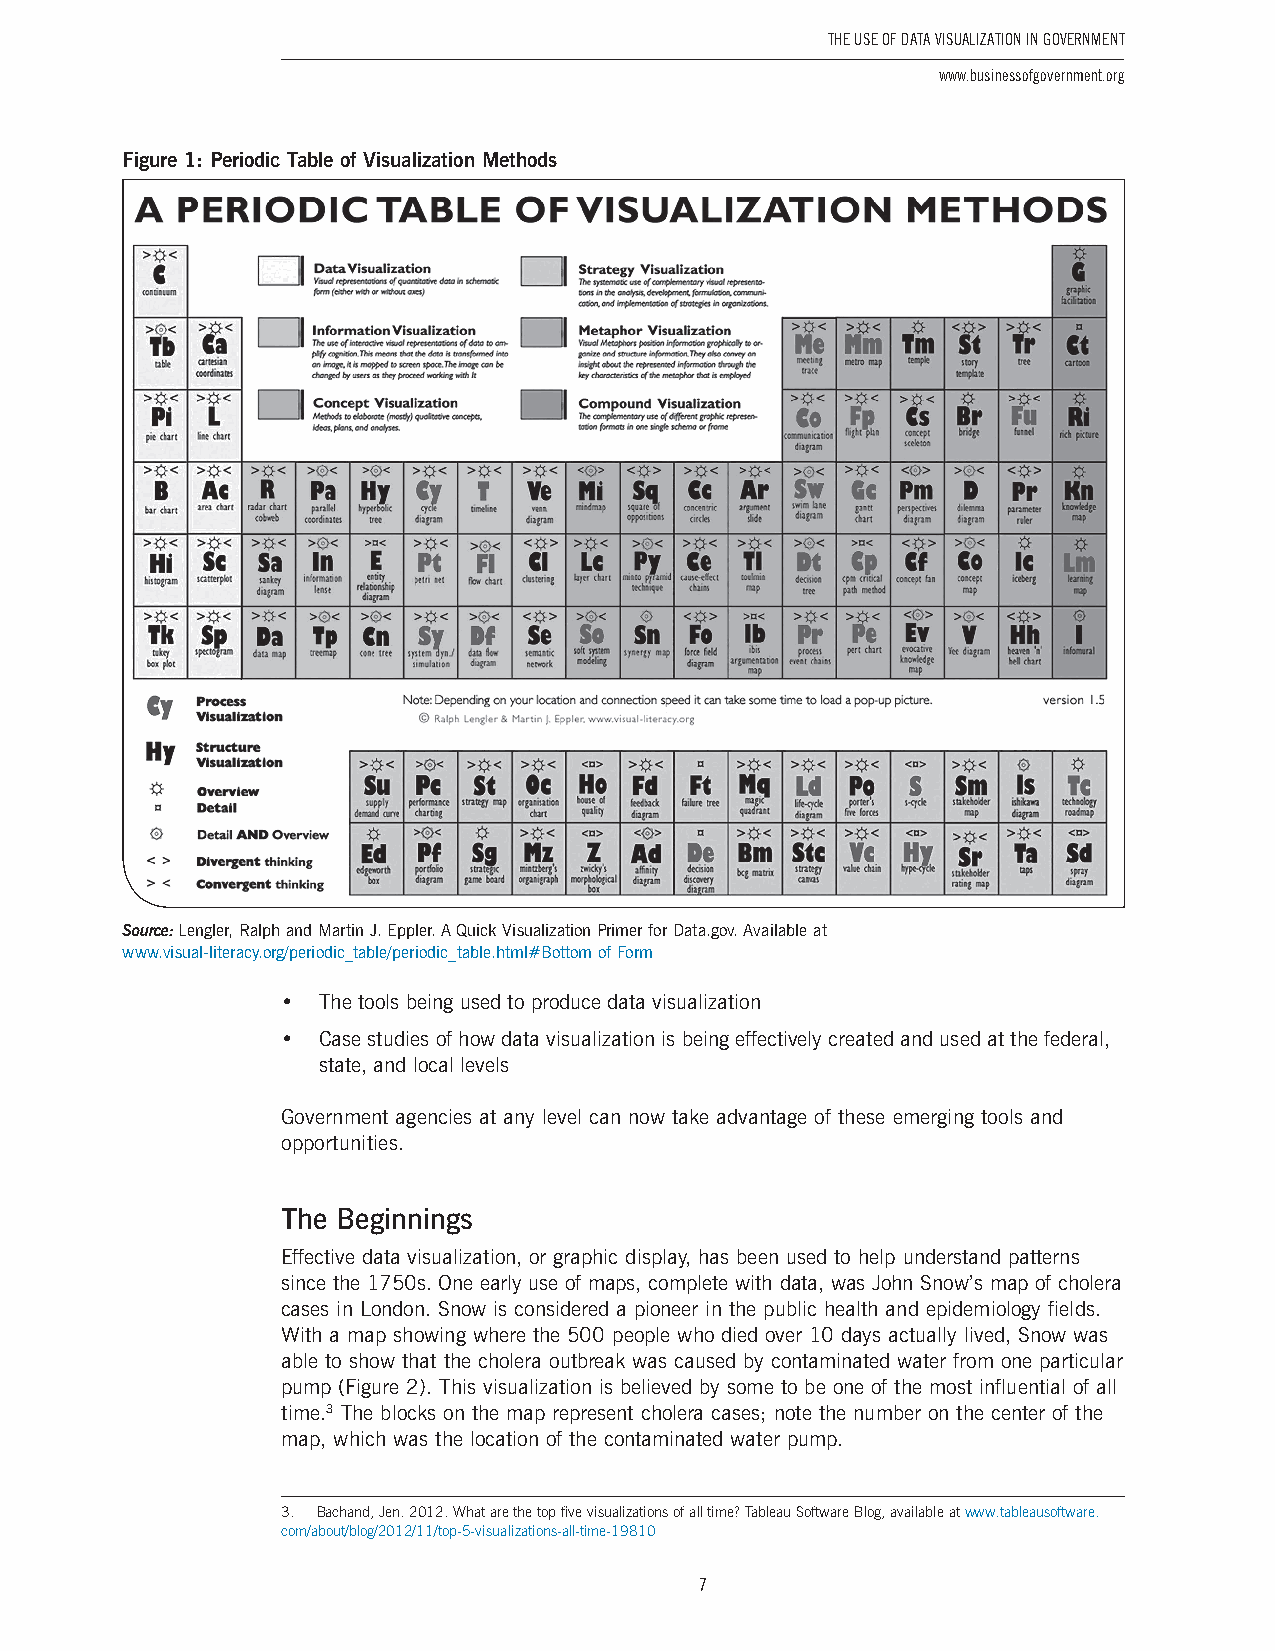
The USe of DaTa ViSUalizaTion in GoVernmenT
 www.businessofgovernment.org
 Figure 1: Periodic Table of Visualization Methods
 Source: Lengler, Ralph and Martin J . Eppler . A Quick Visualization Primer for Data .gov . Available at
 www .visual-literacy .org/periodic_table/periodic_table .html#Bottom of Form
 • The tools being used to produce data visualization
 • Case studies of how data visualization is being effectively created and used at the federal,
 state, and local levels
 Government agencies at any level can now take advantage of these emerging tools and
 opportunities .
 The Beginnings
 Effective data visualization, or graphic display, has been used to help understand patterns
 since the 1750s . One early use of maps, complete with data, was John Snow’s map of cholera
 cases in London . Snow is considered a pioneer in the public health and epidemiology fields .
 With a map showing where the 500 people who died over 10 days actually lived, Snow was
 able to show that the cholera outbreak was caused by contaminated water from one particular
 pump (Figure 2) . This visualization is believed by some to be one of the most influential of all
 time .3 The blocks on the map represent cholera cases; note the number on the center of the
 map, which was the location of the contaminated water pump .
 3. Bachand, Jen. 2012. What are the top five visualizations of all time? Tableau Software Blog, available at www.tableausoftware.
 com/about/blog/2012/11/top-5-visualizations-all-time-19810
 7